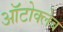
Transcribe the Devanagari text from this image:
ऑटोक्लेब